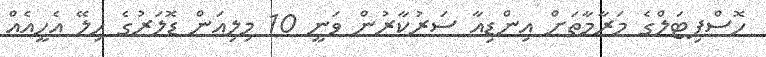
ހޮސްޕިޓަލްގެ މަރާމާތަށް އިންޑިއާ ސަރުކާރުން ވަނީ 10 މިލިއަން ޑޮލަރުގެ ހިލޭ އެހީއެއް